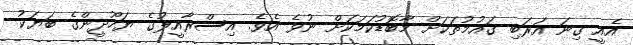
އެއީ ގިނަ އަރަބި ގައުމުތަކަށް މާބޮޑުކަމަކަށް ނުވެ އެވެ. އިސްރާއީލުގެ ޔަހޫދީންގެ ބަޔަކު